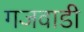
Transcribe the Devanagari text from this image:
गजवाडी